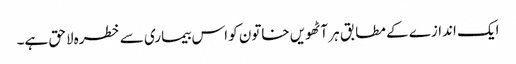
ایک اندازے کے مطابق ہر آٹھویں خاتون کو اس بیماری سے خطرہ لاحق ہے۔